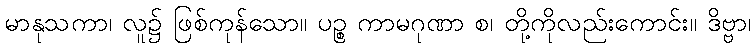
မာနုသကာ၊ လူ၌ ဖြစ်ကုန်သော။ ပဉ္စ ကာမဂုဏာ စ၊ တို့ကိုလည်းကောင်း။ ဒိဗ္ဗာ၊